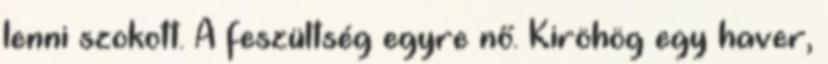
lenni szokott. A feszültség egyre nő. Kiröhög egy haver,